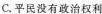
C.平民没有政治权利